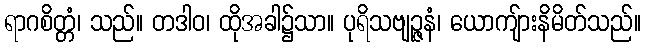
ရာဂစိတ္တံ၊ သည်။ တဒါဝ၊ ထိုအခါ၌သာ။ ပုရိသဗျဉ္ဇနံ၊ ယောကျ်ားနိမိတ်သည်။